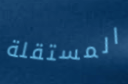
المستقلة